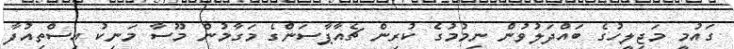
ގައުމީ މަޖިލީހުގެ ބައްދަލުވުން ނިމުމުގެ ކުރިން ޗެއާޕާސަންގެ މަގާމުން މޫސާ މަނިކު އިސްތިއުފާ